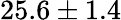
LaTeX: {25.6\pm 1.4}